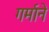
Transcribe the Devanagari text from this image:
गर्माने